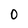
Character: 0